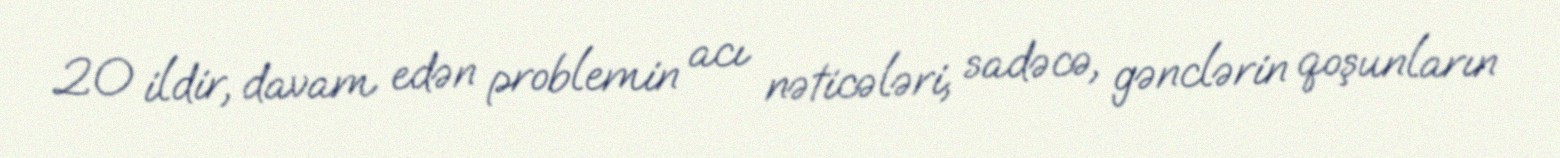
20 ildir, davam edən problemin acı nəticələri, sadəcə, gənclərin qoşunların